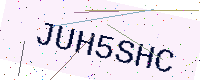
Text: JUH5SHC